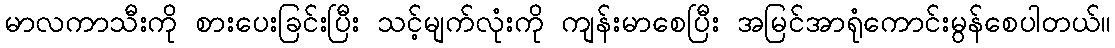
မာလကာသီးကို စားပေးခြင်းပြီး သင့်မျက်လုံးကို ကျန်းမာစေပြီး အမြင်အာရုံကောင်းမွန်စေပါတယ်။